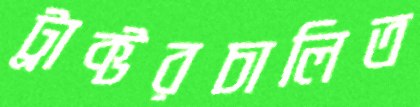
ট্রাক্টরচালিত